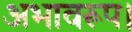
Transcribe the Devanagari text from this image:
अभावरूप।